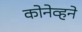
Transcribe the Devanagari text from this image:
कोनेव्हने